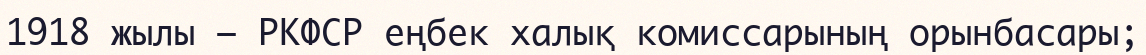
1918 жылы – РКФСР еңбек халық комиссарының орынбасары;